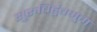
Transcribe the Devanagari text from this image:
सुरुचिर्हुतभुग